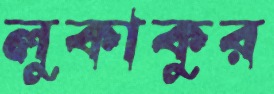
লুকাকুর